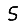
Digit: 5